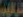
ترکیب